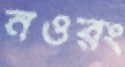
নওরং